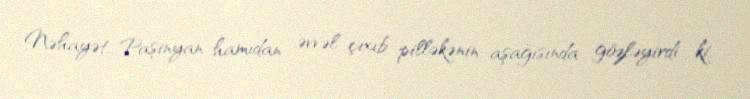
Nəhayət, Paşinyan hamıdan əvvəl çıxıb pilləkənin aşağısında gözləyirdi ki,